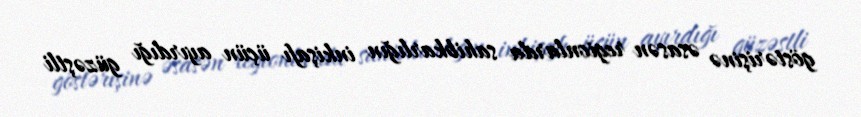
göstərişinə əsasən regionlarda sahibkarlığın inkişafı üçün ayırdığı güzəştli